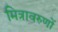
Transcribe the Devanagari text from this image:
मित्रावरुणों